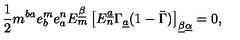
{ \frac { 1 } { 2 } } m ^ { b a } e _ { b } ^ { m } e _ { a } ^ { n } E _ { m } ^ { \underline { \beta } } \left[ E _ { n } ^ { \underline { a } } \Gamma _ { \underline { a } } ( 1 - \bar { \Gamma } ) \right] _ { \underline { \beta } \underline { \alpha } } = 0 ,